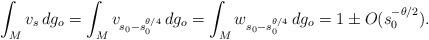
LaTeX: \begin{align*}\int_{M} v_s\,d g_o=\int_{M} v_{s_0-s_0^{\theta/4}}\, dg_o=\int_{M} w_{s_0-s_0^{\theta/4}}\,dg_o=1\pm O(s_0^{-\theta/2}).\end{align*}